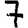
Digit: 7